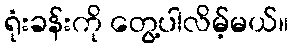
ရုံးခန်းကို တွေ့ပါလိမ့်မယ်။